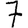
Digit: 7